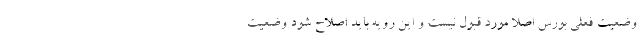
وضعیت فعلی بورس اصلا مورد قبول نیست و این رویه باید اصلاح شود وضعیت